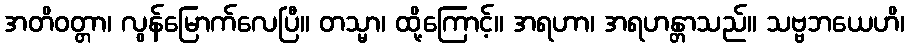
အတိဝတ္တာ၊ လွန်မြောက်လေပြီ။ တသ္မာ၊ ထို့ကြောင့်။ အရဟာ၊ အရဟန္တာသည်။ သဗ္ဗဘယေဟိ၊